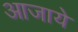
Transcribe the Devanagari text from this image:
आजाये